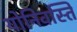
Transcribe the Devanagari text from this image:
योनिवस्ति